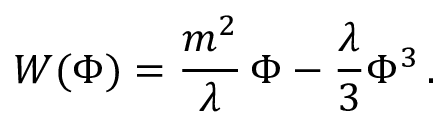
{ \cal W } ( \Phi ) = \frac { m ^ { 2 } } { \lambda } \, \Phi - \frac { \lambda } { 3 } \Phi ^ { 3 } \, .